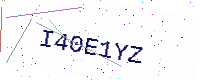
Text: I40E1YZ